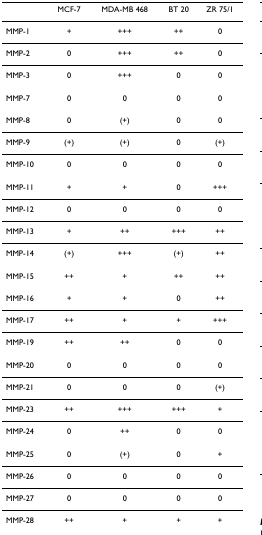
<table><thead><tr><td></td><td><b>MCF-7</b></td><td><b>MDA-MB 468</b></td><td><b>BT 20</b></td><td><b>ZR 75/1</b></td></tr></thead><tbody><tr><td>MMP-1</td><td>+</td><td>+++</td><td>++</td><td>0</td></tr><tr><td>MMP-2</td><td>0</td><td>+++</td><td>++</td><td>0</td></tr><tr><td>MMP-3</td><td>0</td><td>+++</td><td>0</td><td>0</td></tr><tr><td>MMP-7</td><td>0</td><td>0</td><td>0</td><td>0</td></tr><tr><td>MMP-8</td><td>0</td><td>(+)</td><td>0</td><td>0</td></tr><tr><td>MMP-9</td><td>(+)</td><td>(+)</td><td>0</td><td>(+)</td></tr><tr><td>MMP-10</td><td>0</td><td>0</td><td>0</td><td>0</td></tr><tr><td>MMP-11</td><td>+</td><td>+</td><td>0</td><td>+++</td></tr><tr><td>MMP-12</td><td>0</td><td>0</td><td>0</td><td>0</td></tr><tr><td>MMP-13</td><td>+</td><td>++</td><td>+++</td><td>++</td></tr><tr><td>MMP-14</td><td>(+)</td><td>+++</td><td>(+)</td><td>++</td></tr><tr><td>MMP-15</td><td>++</td><td>+</td><td>++</td><td>++</td></tr><tr><td>MMP-16</td><td>+</td><td>+</td><td>0</td><td>++</td></tr><tr><td>MMP-17</td><td>++</td><td>+</td><td>+</td><td>+++</td></tr><tr><td>MMP-19</td><td>++</td><td>++</td><td>0</td><td>0</td></tr><tr><td>MMP-20</td><td>0</td><td>0</td><td>0</td><td>0</td></tr><tr><td>MMP-21</td><td>0</td><td>0</td><td>0</td><td>(+)</td></tr><tr><td>MMP-23</td><td>++</td><td>+++</td><td>+++</td><td>+</td></tr><tr><td>MMP-24</td><td>0</td><td>++</td><td>0</td><td>0</td></tr><tr><td>MMP-25</td><td>0</td><td>(+)</td><td>0</td><td>+</td></tr><tr><td>MMP-26</td><td>0</td><td>0</td><td>0</td><td>0</td></tr><tr><td>MMP-27</td><td>0</td><td>0</td><td>0</td><td>0</td></tr><tr><td>MMP-28</td><td>++</td><td>+</td><td>+</td><td>+</td></tr></tbody></table>